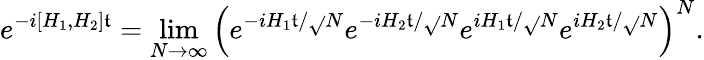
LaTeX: e^{-i[H_{1},H_{2}]\mathfrak{t}}=\operatorname*{lim}_{{N\to\infty}}\left(e^{-iH_{1}\mathfrak{t}/\sqrt{}{{N}}}e^{-iH_{2}\mathfrak{t}/\sqrt{}{{N}}}e^{iH_{1}\mathfrak{t}/\sqrt{}{{N}}}e^{iH_{2}\mathfrak{t}/\sqrt{}{{N}}}\right)^{N}.